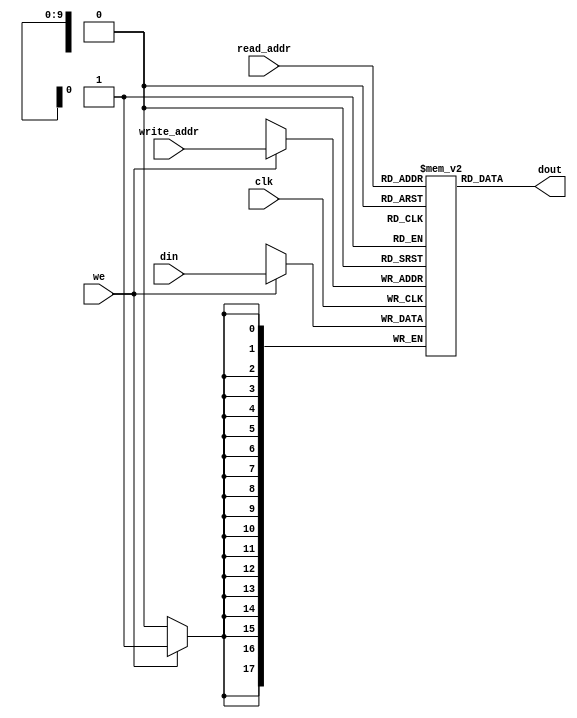
module ram_simple_dp_async_read (clk, we, read_addr, write_addr, din, dout);
    input clk, we;
    input [9:0] read_addr, write_addr;
    input [17:0] din;
    output [17:0] dout;
    
    reg [17:0] ram [1023:0];

    always @(posedge clk)
    begin
        if (we)
            ram[write_addr] <= din;
    end

    assign dout = ram[read_addr];

endmodule